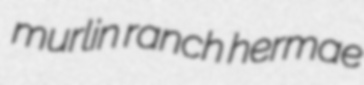
murlin ranch hermae